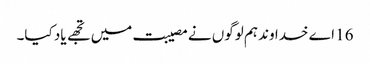
16 اے خدا وند ہم لوگوں نے مصیبت میں تجھے یاد کیا۔